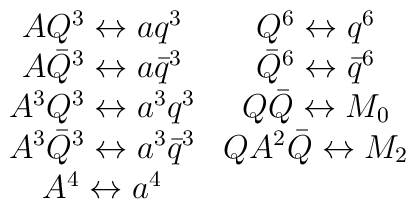
\begin{array}{cc}  A Q^3 \leftrightarrow a q^3 & Q^6 \leftrightarrow q^6 \\  A \bar{Q}^3 \leftrightarrow a \bar{q}^3 &        \bar{Q}^6 \leftrightarrow \bar{q}^6 \\  A^3 Q^3 \leftrightarrow a^3 q^3 & Q \bar{Q} \leftrightarrow M_0 \\  A^3 \bar{Q}^3 \leftrightarrow a^3 \bar{q}^3 &          Q A^2 \bar{Q} \leftrightarrow M_2  \\  A^4 \leftrightarrow a^4 &\end{array}